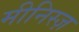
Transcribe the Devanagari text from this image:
मीनिस्ज़